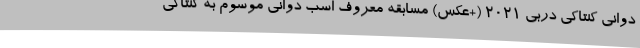
دوانی کنتاکی دربی 2021 (+عکس) مسابقه معروف اسب دوانی موسوم به کِنتاکی